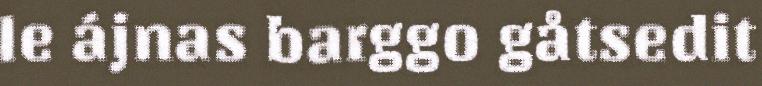
le ájnas barggo gåtsedit